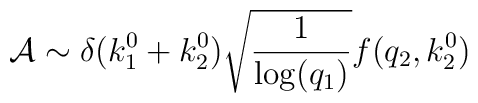
{\cal A} \sim  \delta (k_{1}^{0}+k_{2}^{0})\sqrt{\frac{1}{{\rm log}(q_{1})}}f(q_{2},k_{2}^{0})